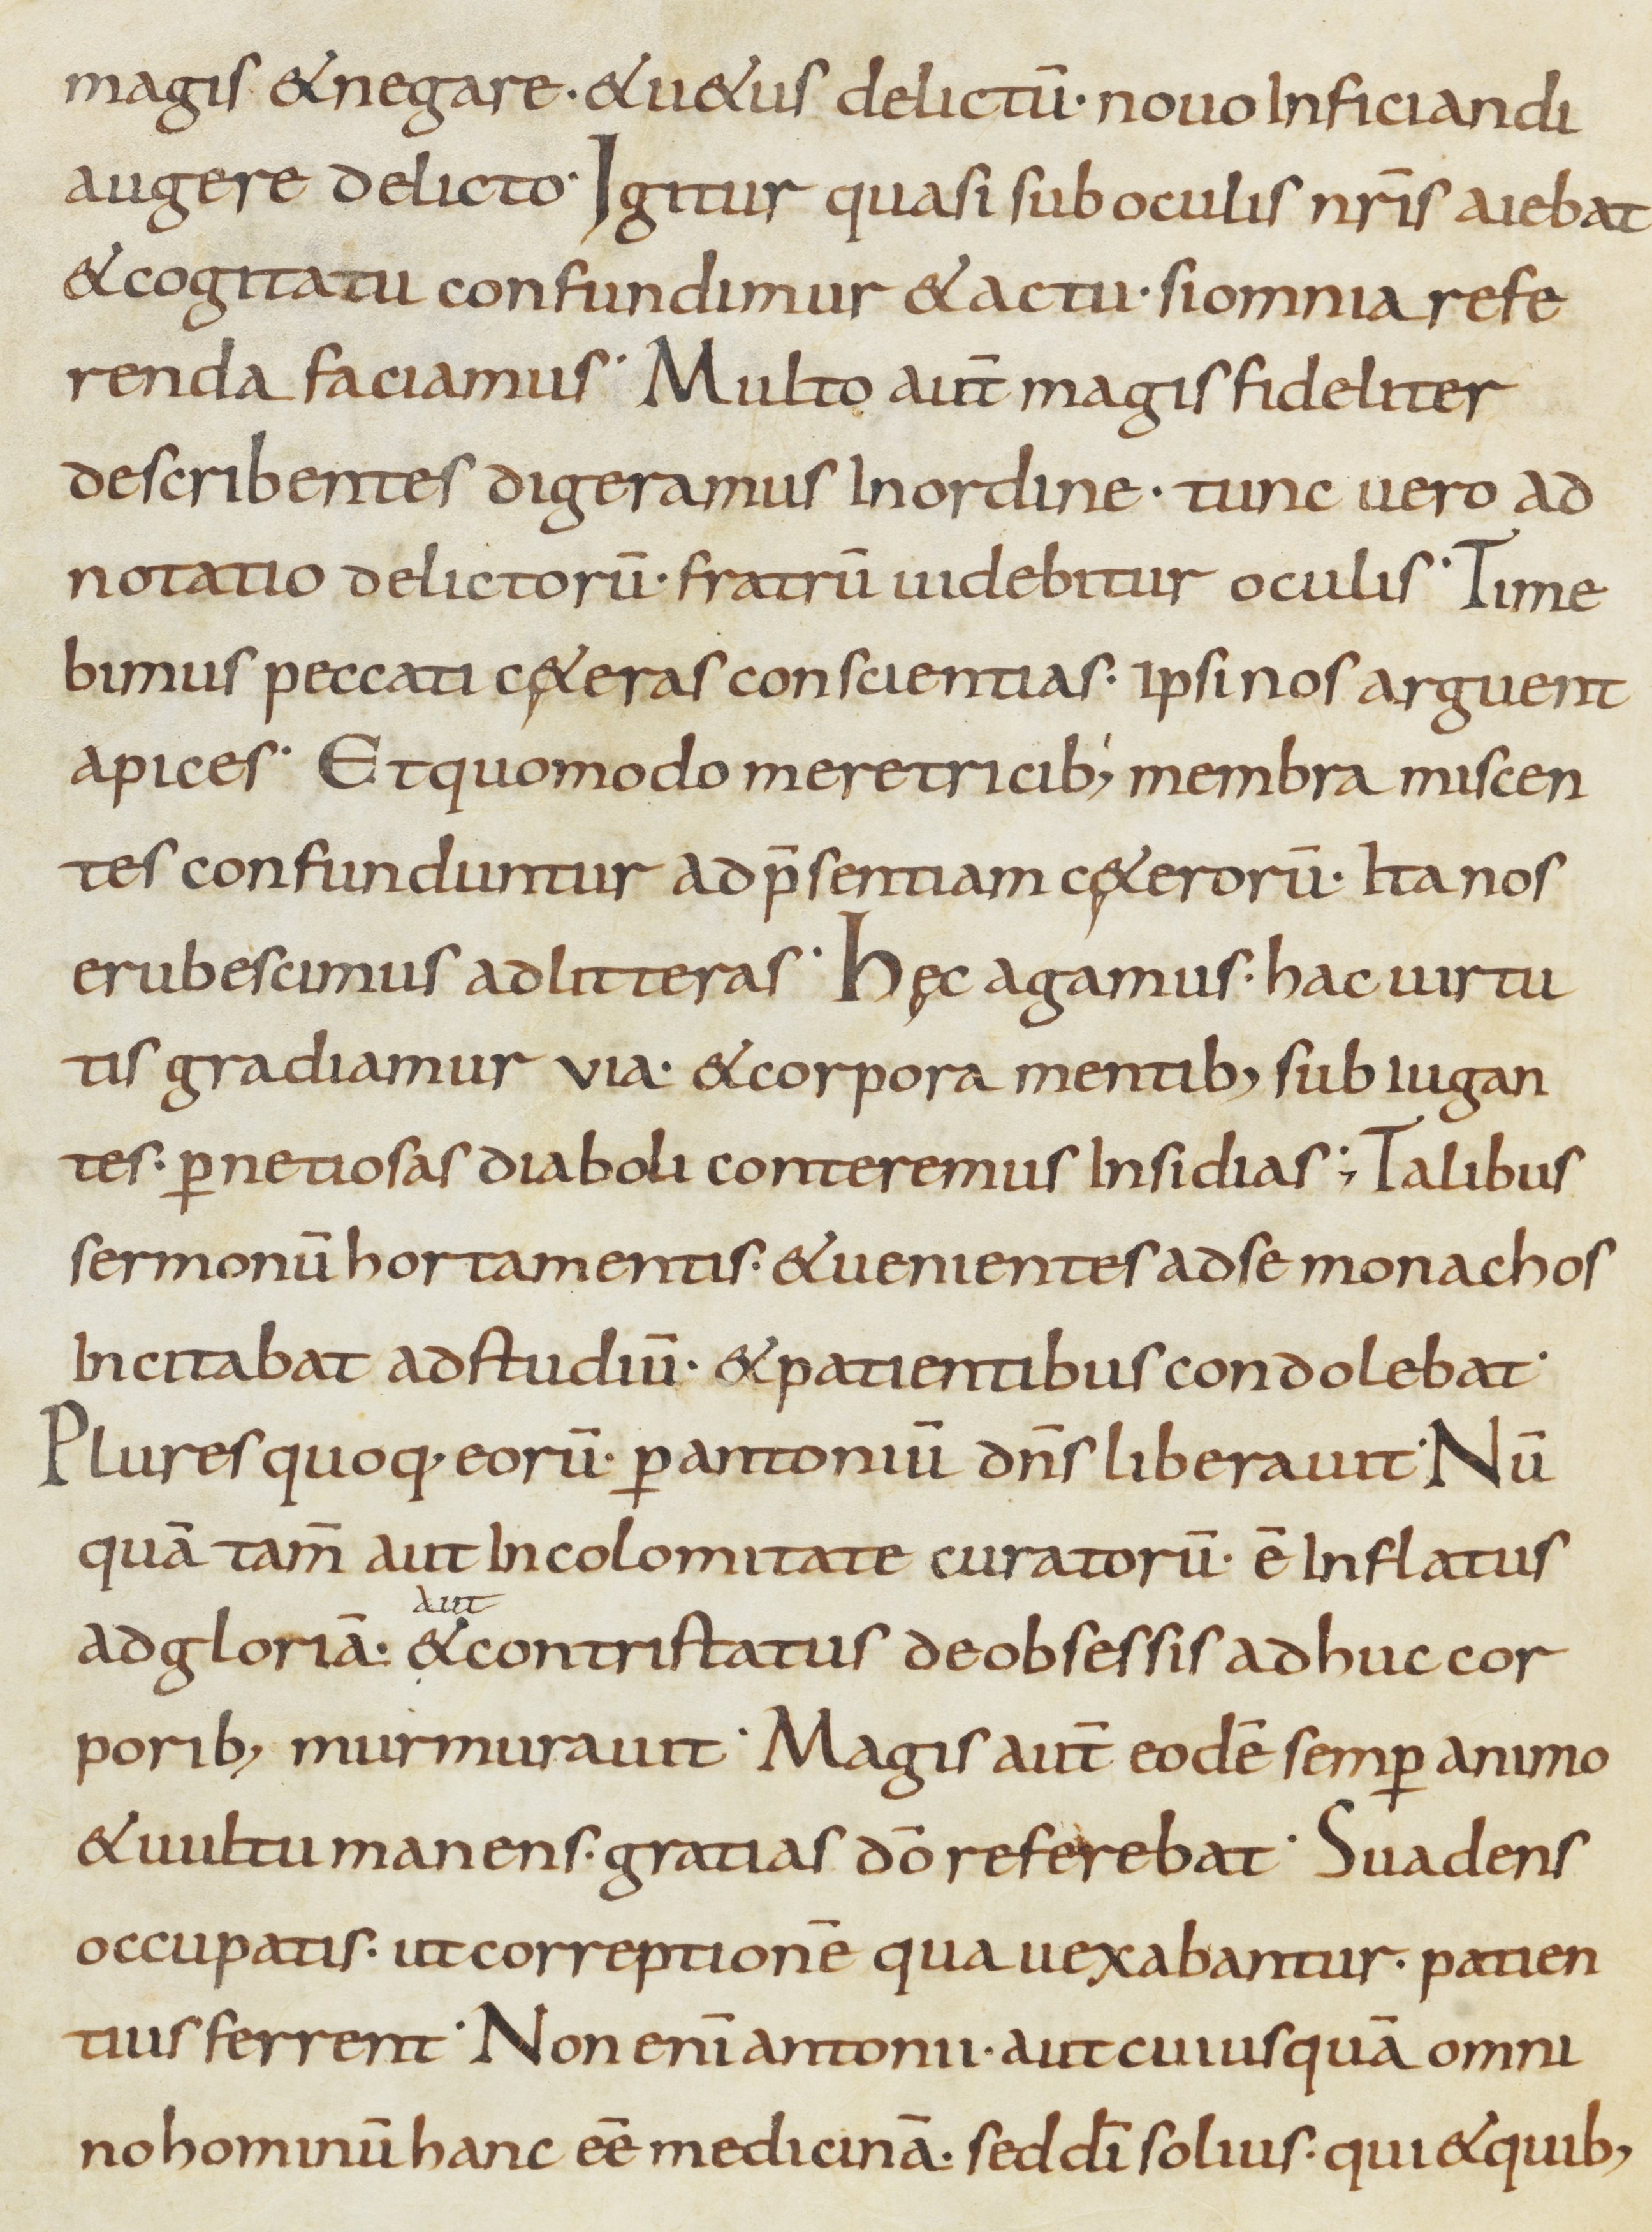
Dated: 800–899